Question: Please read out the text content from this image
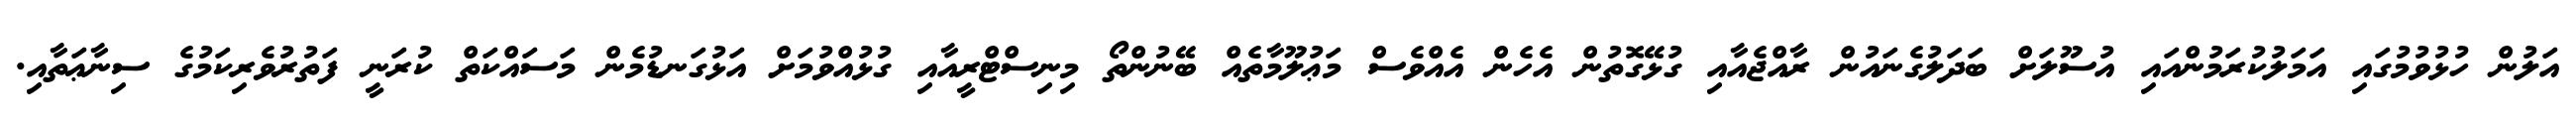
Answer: އަލުން ހުޅުވުމުގައި އަމަލުކުރަމުންއައި އުސޫލަށް ބަދަލުގެނައުން ރާއްޖެއާއި ގުޅޭގޮތުން އެހެން އެއްވެސް މަޢުލޫމާތެއް ބޭނުންތޯ މިނިސްޓްރީއާއި ގުޅުއްވުމަށް އަޅުގަނޑުމެން މަސައްކަތް ކުރަނީ ފަތުރުވެރިކަމުގެ ސިނާޢަތާއި.